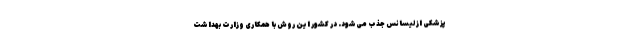
پزشکی از لیسانس جذب می‌شود. در کشور این روش با همکاری وزارت بهداشت